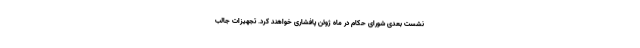
نشست بعدی شورای حکام در ماه ژوئن پافشاری خواهند کرد. تجهیزات جالب